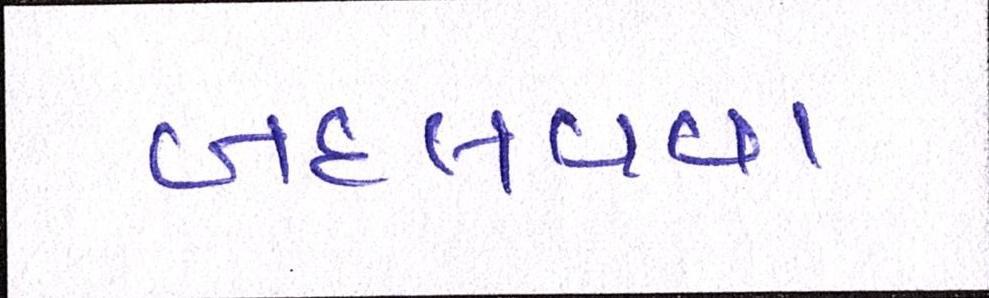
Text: બદલવવા